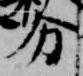
分